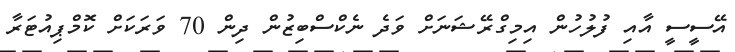
އޭސީސީ އާއި ފުލުހުން އިމިގްރޭޝަނަށް ވަދެ ނެކްސްބިޒުން ދިން 70 ވަރަކަށް ކޮމްޕިއުޓަރާ